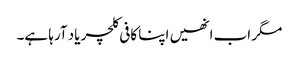
مگر اب انھیں اپنا کافی کلچر یاد آرہا ہے۔